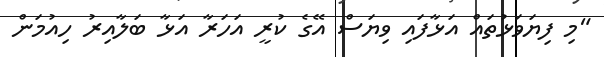
"މި ފިޔަވަޅުތައް އަޅާފައި ވިޔަސް އޭގެ ކުރީ އަހަރާ އަޅާ ބަލާއިރު ހިއުމަން